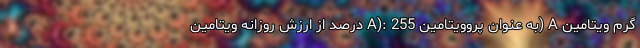
گرم ویتامین A (به عنوان پروویتامین A): 255 درصد از ارزش روزانه ویتامین